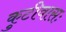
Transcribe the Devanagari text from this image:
कुटीवासः